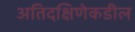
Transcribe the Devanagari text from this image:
अतिदक्षिणेकडील